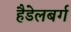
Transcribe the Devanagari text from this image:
हैडेलबर्ग